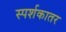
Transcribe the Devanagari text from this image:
स्पर्शकातर